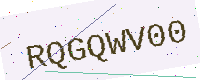
Text: RQGQWV00